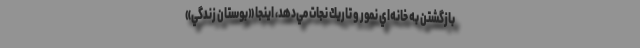
بازگشتن به خانه‌اي نمور و تاريك نجات مي‌دهد، اينجا «بوستان زندگي»